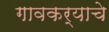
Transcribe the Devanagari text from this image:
गावकर्याचे